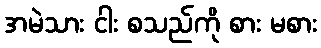
အမဲသား ငါး စသည်ကို စား မစား